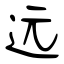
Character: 远